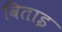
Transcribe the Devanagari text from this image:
विताइ